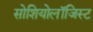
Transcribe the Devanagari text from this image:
सोशियोलॉजिस्ट